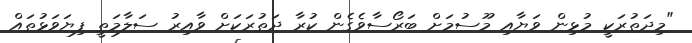
"މިދަތުރަކީ މުޅިން ވަޔާއި މޫސުމަށް ބަރޯސާވެގެން ކުރާ ދަތުރަކަށް ވާއިރު ސަލާމަތީ ފިޔަވަޅުތައް